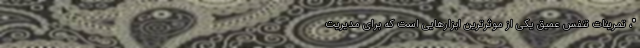
"، تمرینات تنفس عمیق یکی از موثرترین ابزارهایی است که برای مدیریت